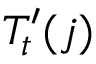
T _ { t } ^ { \prime } ( j )